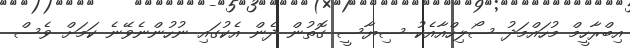
އިބްރާހީމް މުހައްމަދު ސޯލިހްއާއެކު ސިޔާސީ ގޮތުން ދެން އެކުގައި ނުހުންނެވޭނެ ކަމަށް ވެސް